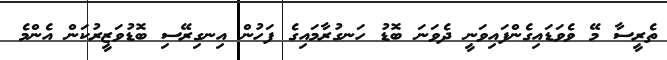
ތެރީސާ މޭ ވެވަޑައިގެންފައިވަނީ ދެވަނަ ބޮޑު ހަނގުރާމައިގެ ފަހުން އިނގިރޭސި ބޮޑުވަޒީރުކަން އެންމެ